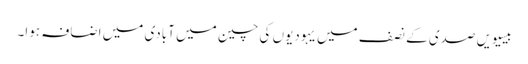
بیسیویں صدی کے نصف میں یہودیوں‌ کی چین میں آبادی میں اضافہ ہوا۔